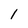
Character: 1